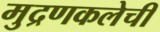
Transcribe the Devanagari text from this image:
मुद्रणकलेची